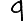
Digit: 9